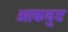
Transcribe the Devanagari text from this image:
ओकवुड